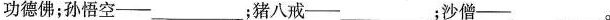
功德佛；孙悟空- ；猪八戒- ；沙僧- 。